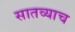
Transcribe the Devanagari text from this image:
सातव्याच